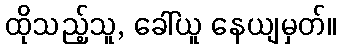
ထိုသည့်သူ, ခေါ်ယူ နေယျမှတ်။